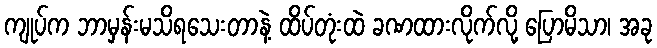
ကျုပ်က ဘာမှန်းမသိရသေးတာနဲ့ ထိပ်တုံးထဲ ခဏထားလိုက်လို့ ပြောမိသာ၊ အခု